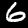
Digit: 6